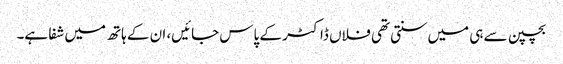
بچپن سے ہی میں‌سنتی تھی فلاں ڈاکٹر کے پاس جائیں‌، ان کے ہاتھ میں‌شفا ہے۔